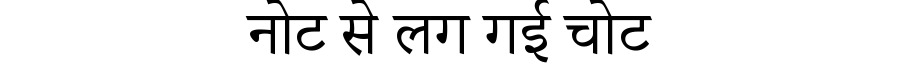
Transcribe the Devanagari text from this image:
नोट से लग गई चोट